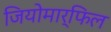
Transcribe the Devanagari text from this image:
जियोमार्फिल